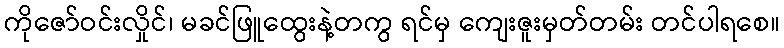
ကိုဇော်ဝင်းလှိုင်၊ မခင်ဖြူထွေးနဲ့တကွ ရင်မှ ကျေးဇူးမှတ်တမ်း တင်ပါရစေ။